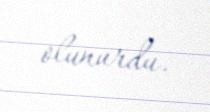
olunurdu.